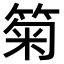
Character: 𥮗